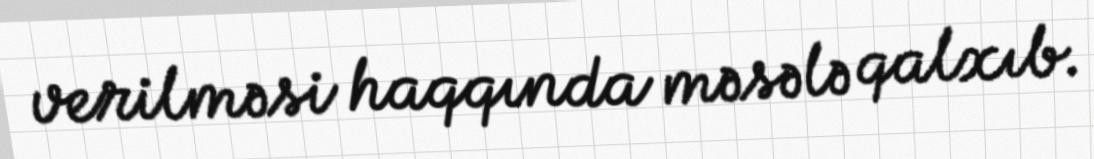
verilməsi haqqında məsələ qalxıb.